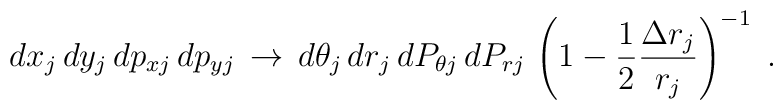
dx_j \, dy_j \, dp_{xj} \, dp_{yj} \, \rightarrow \,d \theta_j \, dr_j \, dP_{\theta j} \, dP_{rj}\, \left ( 1 - \frac{1}{2} \frac{\Delta r_j}{r_j} \right )^{-1} \; .